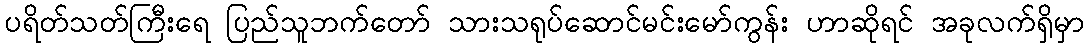
ပရိတ်သတ်ကြီးရေ ပြည်သူဘက်တော် သားသရုပ်ဆောင်မင်းမော်ကွန်း ဟာဆိုရင် အခုလက်ရှိမှာ